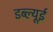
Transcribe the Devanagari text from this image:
डब्ल्यूई